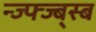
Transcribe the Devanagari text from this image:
न्ज्फ्ज्ब्स्ब